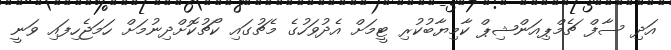
އަދި ސާފް ޗެމްޕިއަންޝިޕް ކާމިޔާބުކުރި ޓީމަށް އެދުވަހުގެ މެޗުގައި ކޯޗުކޮށްދިނުމަށް ހަމަޖެހިފައި ވަނީ